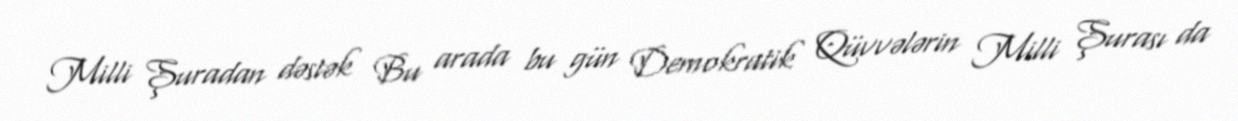
Milli Şuradan dəstək Bu arada bu gün Demokratik Qüvvələrin Milli Şurası da